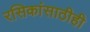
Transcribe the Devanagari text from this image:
रसिकांसाठीही